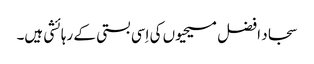
سجاد افضل مسیحیوں کی اِسی بستی کے رہائشی ہیں۔